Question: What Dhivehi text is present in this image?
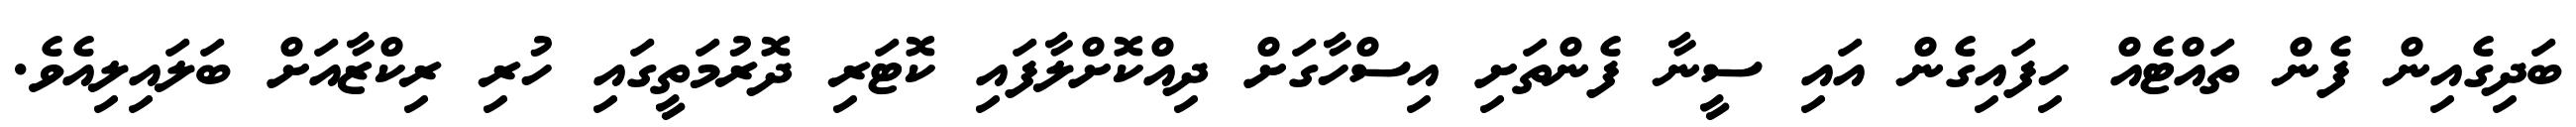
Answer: ބަދިގެއިން ފެން ތައްޓެއް ހިފައިގެން އައި ސީނާ ފެންތަށި އިސްހާގަށް ދިއްކޮށްލާފައި ކޮޓަރި ދޮރުމަތީގައި ހުރި ރިކްޒާއަށް ބަލައިލިއެވެ.